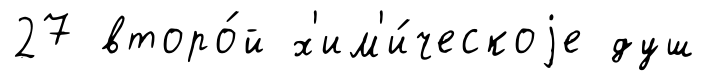
27 второ́й х'им'и́ческоjе душ